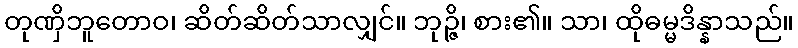
တုဏှိဘူတောဝ၊ ဆိတ်ဆိတ်သာလျှင်။ ဘုဉ္ဇိ၊ စား၏။ သာ၊ ထိုဓမ္မဒိန္နာသည်။